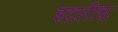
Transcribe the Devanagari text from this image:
इटालीचा